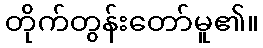
တိုက်တွန်းတော်မူ၏။